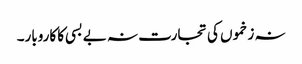
نہ زخموں کی تجارت نہ بے بسی کا کاروبار۔